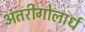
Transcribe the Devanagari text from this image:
अंतरीगोलार्ध